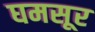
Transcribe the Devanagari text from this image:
घमसूर